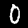
Label: 0